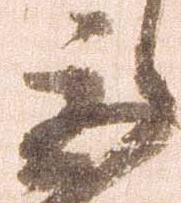
委